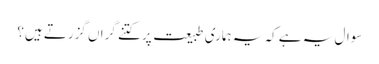
سوال یہ ہے کہ یہ ہماری طبیعت پر کتنے گراں گزرتے ہیں؟